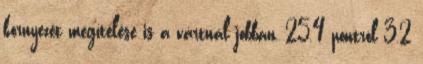
környezet megítélése is a vártnál jobban, 25,4 pontról 3,2